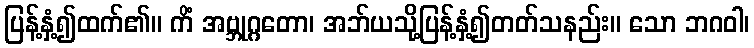
ပြန့်နှံ့၍ထက်၏။ ကိံ အဗ္ဘုဂ္ဂတော၊ အဘ်ယသို့ပြန့်နှံ့၍တတ်သနည်း။ သော ဘဂဝါ၊